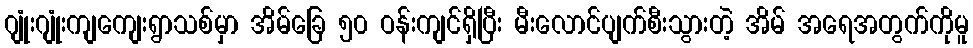
ဂျုံးဂျုံးကျကျေးရွာသစ်မှာ အိမ်ခြေ ၅၀ ဝန်းကျင်ရှိပြီး မီးလောင်ပျက်စီးသွားတဲ့ အိမ် အရေအတွက်ကိုမူ